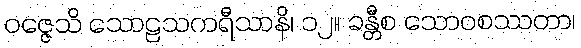
ဝဇ္ဇေသိ သောဠသကရီသာနိ၊ ၁၂။ ခန္တီစ သောဝစဿတာ၊